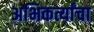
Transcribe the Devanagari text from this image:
अभिकर्त्यांचा